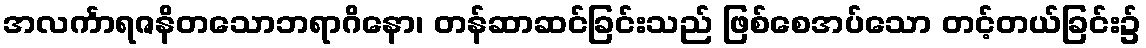
အလင်္ကာရဇနိတသောဘရာဂိနော၊ တန်ဆာဆင်ခြင်းသည် ဖြစ်စေအပ်သော တင့်တယ်ခြင်း၌